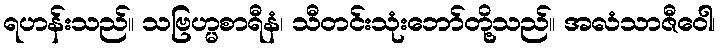
ရဟန်းသည်။ သဗြဟ္မစာရီနံ၊ သီတင်းသုံးဘော်တို့သည်။ အလံသာဇီဝေါ၊